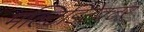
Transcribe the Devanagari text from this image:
मल्टिडिटेक्टर